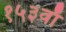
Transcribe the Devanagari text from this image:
१५३वाँ